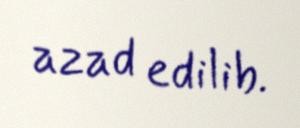
azad edilib.